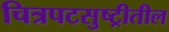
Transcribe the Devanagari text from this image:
चित्रपटसुष्ट्रीतील